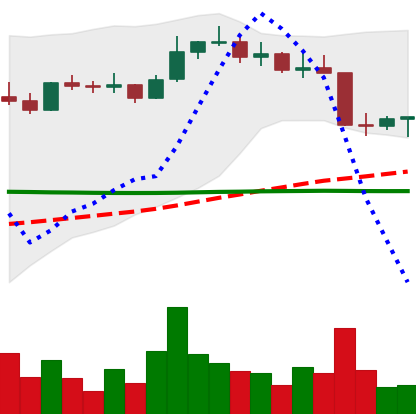
Ticker: ETC-USD
Chart end date: 2022-08-22
Forward return: -3.004%
Label: down_3_5